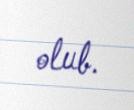
olub.